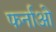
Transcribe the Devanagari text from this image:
फर्नाओ